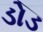
ડોડ